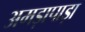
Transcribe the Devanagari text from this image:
अमड़ापाड़ा